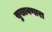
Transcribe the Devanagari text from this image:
सुखावणारा